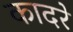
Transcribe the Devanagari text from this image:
कादरे